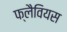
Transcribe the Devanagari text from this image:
फ्लैवियस